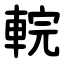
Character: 輐